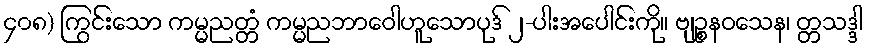
၄၀၈) ကြွင်းသော ကမ္မညတ္တံ ကမ္မညဘာဝေါဟူသောပုဒ် ၂-ပါးအပေါင်းကို။ ဗျဉ္စနဝသေန၊ တ္တသဒ္ဒါ